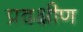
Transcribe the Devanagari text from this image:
प्रदक्षीण